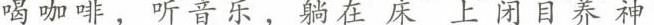
喝咖啡、听音乐，躺在床上闭目养神。